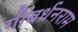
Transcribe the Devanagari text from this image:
गोबर्धनराम